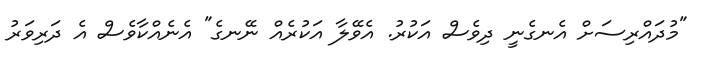
"މުދައްރިސަށް އެނގެނީ ދިވެސް އަކުރު. އެވޭލާ އަކުރެއް ނޭނގެ" އެނެއްކާވެސް އެ ދަރިވަރު